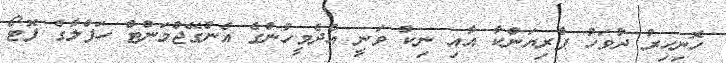
ހޮނިހިރު ދުވަހު ޕްރިޔަންކާ އާއި ނިކް ވަނީ އެދެމީހުންގެ އެންގޭޖްމަންޓް ހަފްލާގެ ފޮޓޯ